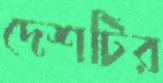
দেশটির